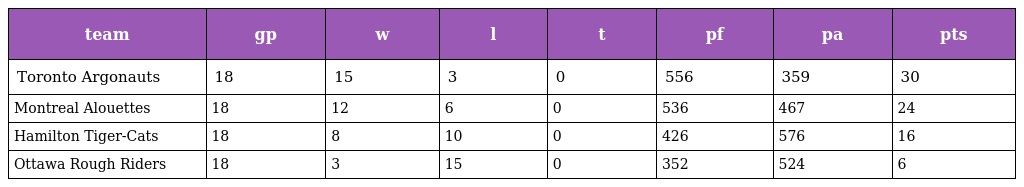
| team | gp | w | l | t | pf | pa | pts |
 | --- | --- | --- | --- | --- | --- | --- | --- |
 | Toronto Argonauts | 18 | 15 | 3 | 0 | 556 | 359 | 30 |
 | Montreal Alouettes | 18 | 12 | 6 | 0 | 536 | 467 | 24 |
 | Hamilton Tiger-Cats | 18 | 8 | 10 | 0 | 426 | 576 | 16 |
 | Ottawa Rough Riders | 18 | 3 | 15 | 0 | 352 | 524 | 6 |